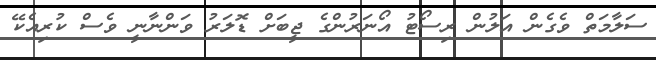
ސަލާމަތް ވެގެން އަލުން ރިސޯޓު އޯނަރުންގެ ޖީބަށް ޑޮލަރު ވަންނާނީ ވެސް ކުރިއެކޭ